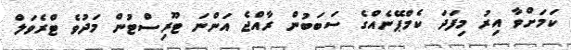
ކަމަށްވާ އިރު މިފަދަ ކެމްޕޭނެއްގެ ސަބަބުން ރާއްޖެ އަންނަ ޓޫރިސްޓުން މަދުވެ ޓްރެވަލް